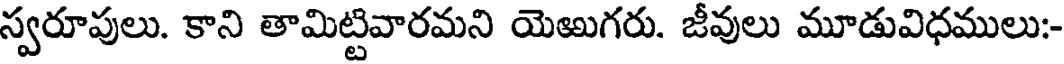
స్వరూపులు. కాని తామిట్టివారమని యెఱుగరు. జీవులు మూడువిధములు:-